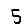
Digit: 5